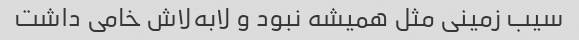
سیب زمینی مثل همیشه نبود و لابه‌لاش خامی داشت